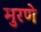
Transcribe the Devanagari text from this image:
मुरणे